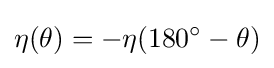
\eta (\theta )=-\eta (180^{\circ }-\theta )